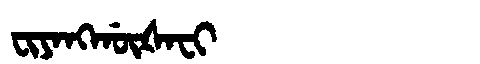
Manchu: ᠸᡳᠶᠠᠩᡤᡡᡧᠠᠸᡳ
Romanization: FIYANGGŪŠAFI